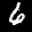
Label: 6